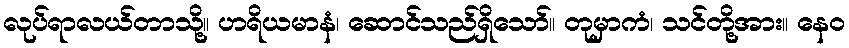
လုပ်ရာလယ်တာသို့။ ဟရိယမာနံ၊ ဆောင်သည်ရှိသော်။ တုမှာကံ၊ သင်တို့အား။ နေဝ